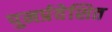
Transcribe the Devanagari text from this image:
पुनर्प्रवेशित